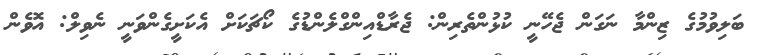
ބަލިވުމުގެ ޒިންމާ ނަގަން ޖެހޭނީ ކުޅުންތެރިން: ޖެރާޑްއިންގްލެންޑުގެ ކޯޗަކަށް އެކަށީގެންވަނީ ނެވިލް: އޮވެން